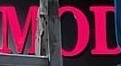
MOL